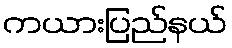
ကယားပြည်နယ်